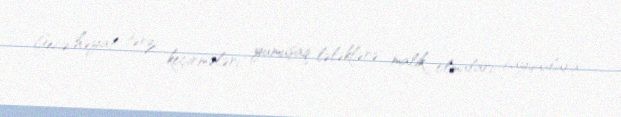
Gecə həyat tərzi keçirmələri, yumuşaq lələklərə malik olmaları, bayquşlara